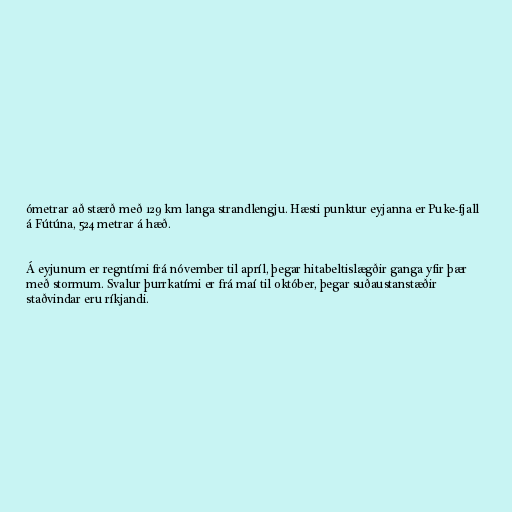
ómetrar að stærð með 129 km langa strandlengju. Hæsti punktur eyjanna er Puke-fjall
á Fútúna, 524 metrar á hæð.

Á eyjunum er regntími frá nóvember til apríl, þegar hitabeltislægðir ganga yfir þær
með stormum. Svalur þurrkatími er frá maí til október, þegar suðaustanstæðir
staðvindar eru ríkjandi.